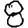
Digit: 8